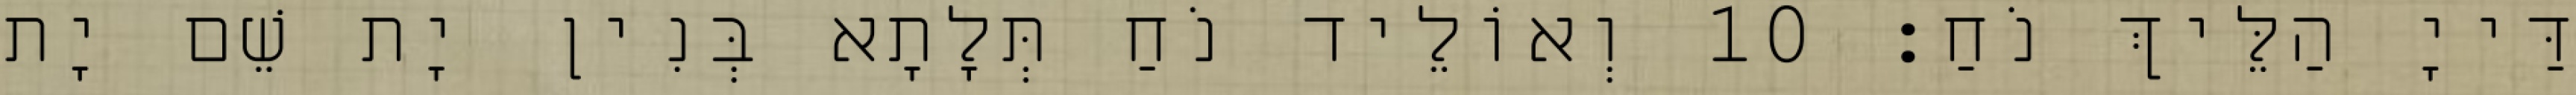
דַּייָ הַלֵּיךְ נֹחַ׃ 10 וְאוֹלֵיד נֹחַ תְּלָתָא בְּנִין יָת שֵׁם יָת